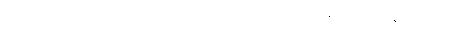
ယှဉ်ပြိုင်ခြင်းမရှိခဲ့ပေ ဤကျောက်ခဲ့တို့ကို လမ်းကြောင်းတစ်သွယ် ကျွန်ုပ်တို့၏ကုန်ပစ္စည်းများကို